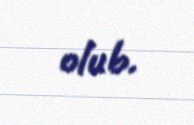
olub.